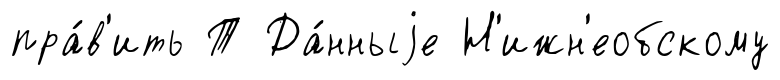
пра́в'ить Т Да́нныjе Н'ижн'еобскому